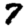
Digit: 7